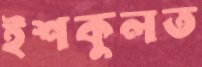
ইশকুলত